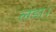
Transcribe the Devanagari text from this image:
ल़डा।